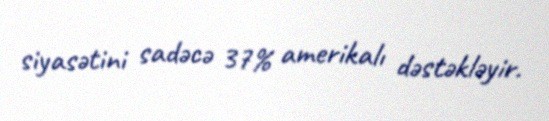
siyasətini sadəcə 37% amerikalı dəstəkləyir.